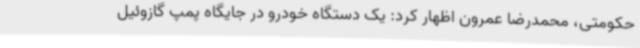
حکومتی، محمدرضا عمرون اظهار کرد: یک دستگاه خودرو در جایگاه پمپ گازوئیل